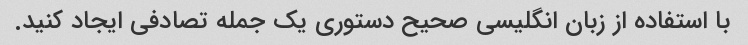
با استفاده از زبان انگلیسی صحیح دستوری یک جمله تصادفی ایجاد کنید.